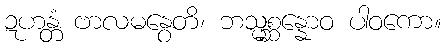
ဍဟန္တံ ဗာလမနွေတိ၊ ဘသ္မစ္ဆန္နောဝ ပါဝကော။